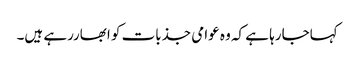
کہاجارہا ہے کہ وہ عوامی جذبات کو ابھاررہے ہیں۔